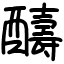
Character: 醻